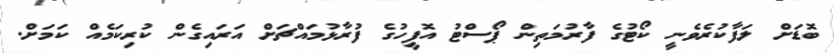
ބޮޑަށް ލަފާކުރެވެނީ ކޯޓުގެ ފާރުމަތިން ޕޯސްޓު އޮފީހުގެ ފުރާޅުމައްޗަށް އަރައިގެން ކުރިކަމެއް ކަމަށް.